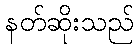
နတ်ဆိုးသည်